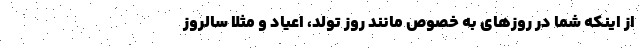
از اینکه شما در روز‌های به خصوص مانند روز تولد، اعیاد و مثلا سالروز